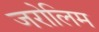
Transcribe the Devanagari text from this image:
जरोलिम